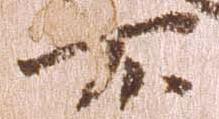
不